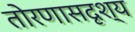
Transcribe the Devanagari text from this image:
तोरणासदृश्य